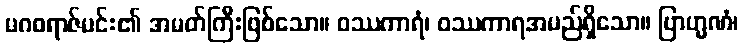
မဂဓရာဇ်မင်း၏ အမတ်ကြီးဖြစ်သော။ ဝဿကာရံ၊ ဝဿကာရအမည်ရှိသော။ ဗြာဟ္မဏံ၊